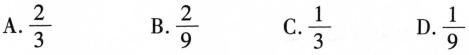
A.\frac{2}{3} B.\frac{2}{9} C. \frac{1}{3} D.\frac{1}{9}